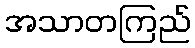
အသာတကြည်